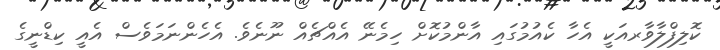
ކޮލިފްލާވާރއަކީ އެހާ ކެއުމުގައި އާންމުކޮށް ހިމެނޭ އެއްޗެއް ނޫނެވެ. އެހެންނަމަވެސް އެއީ ކިޑްނީގެ